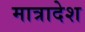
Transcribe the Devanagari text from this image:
मात्रादेश